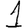
Digit: 1